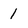
Character: 1